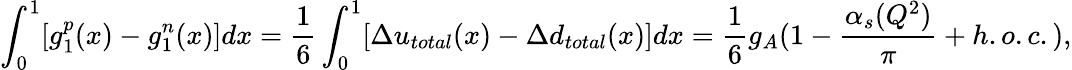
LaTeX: \int_{0}^{1}[g_{1}^{p}(x)-g_{1}^{n}(x)]dx=\frac{1}{6}\int_{0}^{1}[\Delta u_{total}(x)-\Delta d_{total}(x)]dx=\frac{1}{6}g_{A}(1-\frac{\alpha_{s}(Q^{2})}{\pi}+h.o.c.),